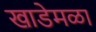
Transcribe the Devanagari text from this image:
खाडेमळा